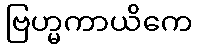
ဗြဟ္မကာယိကေ